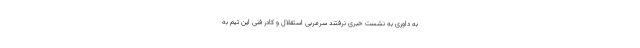
به داوری به نشست خبری نرفتند سرمربی استقلال و کادر فنی این تیم به